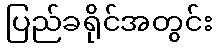
ပြည်ခရိုင်အတွင်း